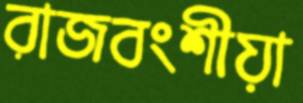
রাজবংশীয়া